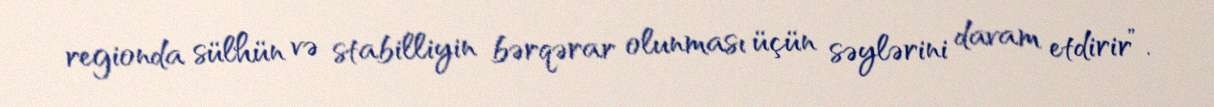
regionda sülhün və stabilliyin bərqərar olunması üçün səylərini davam etdirir”.